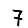
Digit: 7